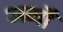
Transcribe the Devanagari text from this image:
अर्गों